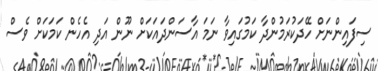
ސިފައިންނަށް ހޭދަކުރަމުންދާ ކަމުގައިވާ ނަމަ އާސަންދައަކަށް ނޫން އަދި އެހެން ކަމަކަށް ވެސް